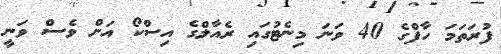
ފުރަތަމަ ހާފްގެ 40 ވަނަ މިނެޓުގައި ރެއާލްގެ އިސްކޯ އަށް ވެސް ވަނީ